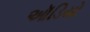
ઑડિયો